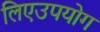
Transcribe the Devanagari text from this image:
लिएउपयोग